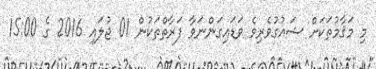
މި މަޤާމުތަކަށް ޝައުގުވެރިވެ ވަޑައިގަންނަވާ ފަރާތްތަކުން 01 ޖުލައި 2016 ގެ 15:00